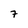
Character: 7